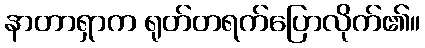
နာတာရှာက ရုတ်တရက်ပြောလိုက်၏။